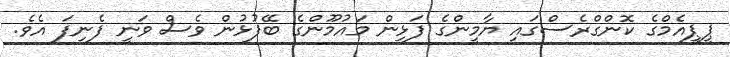
ޕީޕީއެމްގެ ކޮންގްރެސްގައި ޔާމީންގެ ފަޅިން މައުމޫންގެ ބޭފުޅުން ވެސް ވަނީ ފެނިފަ އެވެ.